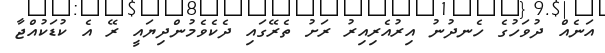
އަނެއް ދުވަހުގެ ހެނދުނު އިރުއެރިއިރު ރަށު ތެރޭގައި ދެކެވެމުންދިޔައީ ރޭ އެ ކުޑަކުއްޖާ